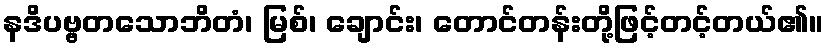
နဒိပဗ္ဗတသောဘိတံ၊ မြစ်၊ ချောင်း၊ တောင်တန်းတို့ဖြင့်တင့်တယ်၏။